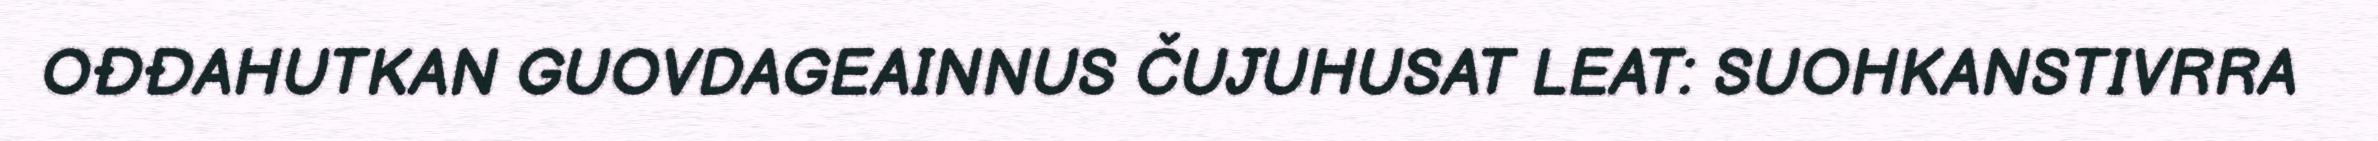
OĐĐAHUTKAN GUOVDAGEAINNUS ČUJUHUSAT LEAT: SUOHKANSTIVRRA